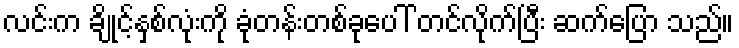
လင်းက ချိုင့်နှစ်လုံးကို ခုံတန်းတစ်ခုပေါ် တင်လိုက်ပြီး ဆက်ပြော သည်။